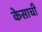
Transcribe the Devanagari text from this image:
केसाची